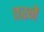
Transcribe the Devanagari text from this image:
तरने